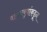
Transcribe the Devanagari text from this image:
वामनबुवांकडून